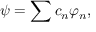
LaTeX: \psi = \sum c _ { n } \varphi _ { n } ,